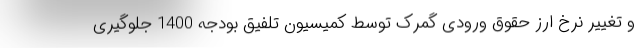
و تغییر نرخ ارز حقوق ورودی گمرک توسط کمیسیون تلفیق بودجه 1400 جلوگیری